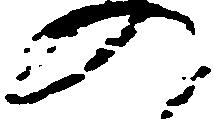
の